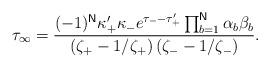
LaTeX: \begin{align*}\tau _{\infty }=\frac{(-1)^{\mathsf{N}}\kappa _{+}^{\prime }\kappa_{-}e^{\tau _{-}-\tau _{+}^{\prime }}\prod_{b=1}^{\mathsf{N}}\alpha_{b}\beta _{b}}{\left( \zeta _{+}-1/\zeta _{+}\right) \left( \zeta_{-}-1/\zeta _{-}\right) }. \end{align*}